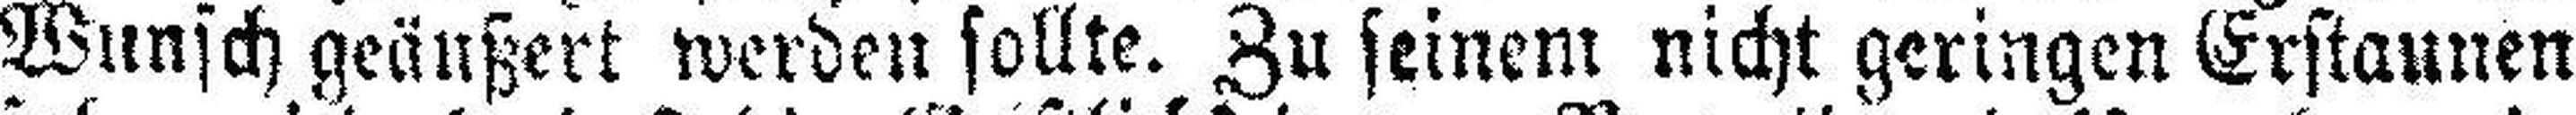
Wunsch geäußert werden sollte. Zu seinem nicht geringen Erstaunen